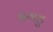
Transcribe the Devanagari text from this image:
दगडु